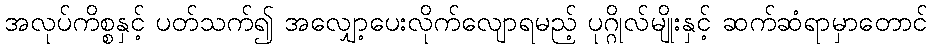
အလုပ်ကိစ္စနှင့် ပတ်သက်၍ အလျှော့ပေးလိုက်လျောရမည့် ပုဂ္ဂိုလ်မျိုးနှင့် ဆက်ဆံရာမှာတောင်